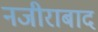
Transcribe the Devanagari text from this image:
नजीराबाद